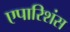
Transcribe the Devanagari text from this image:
एपारिशंस